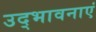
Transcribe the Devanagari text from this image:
उद्भावनाएं